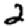
Digit: 2